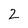
Character: 2